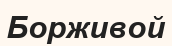
Борживой